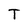
Character: T